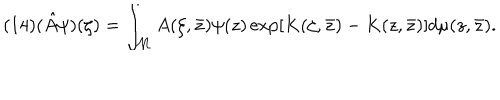
( 1 4 ) ( \hat { A } \psi ) ( \zeta ) = \int _ { \cal M } A ( \zeta , \bar { z } ) \psi ( z ) \exp \left[ K ( \zeta , \bar { z } ) - K ( z , \bar { z } ) \right] d \mu ( z , \bar { z } ) .